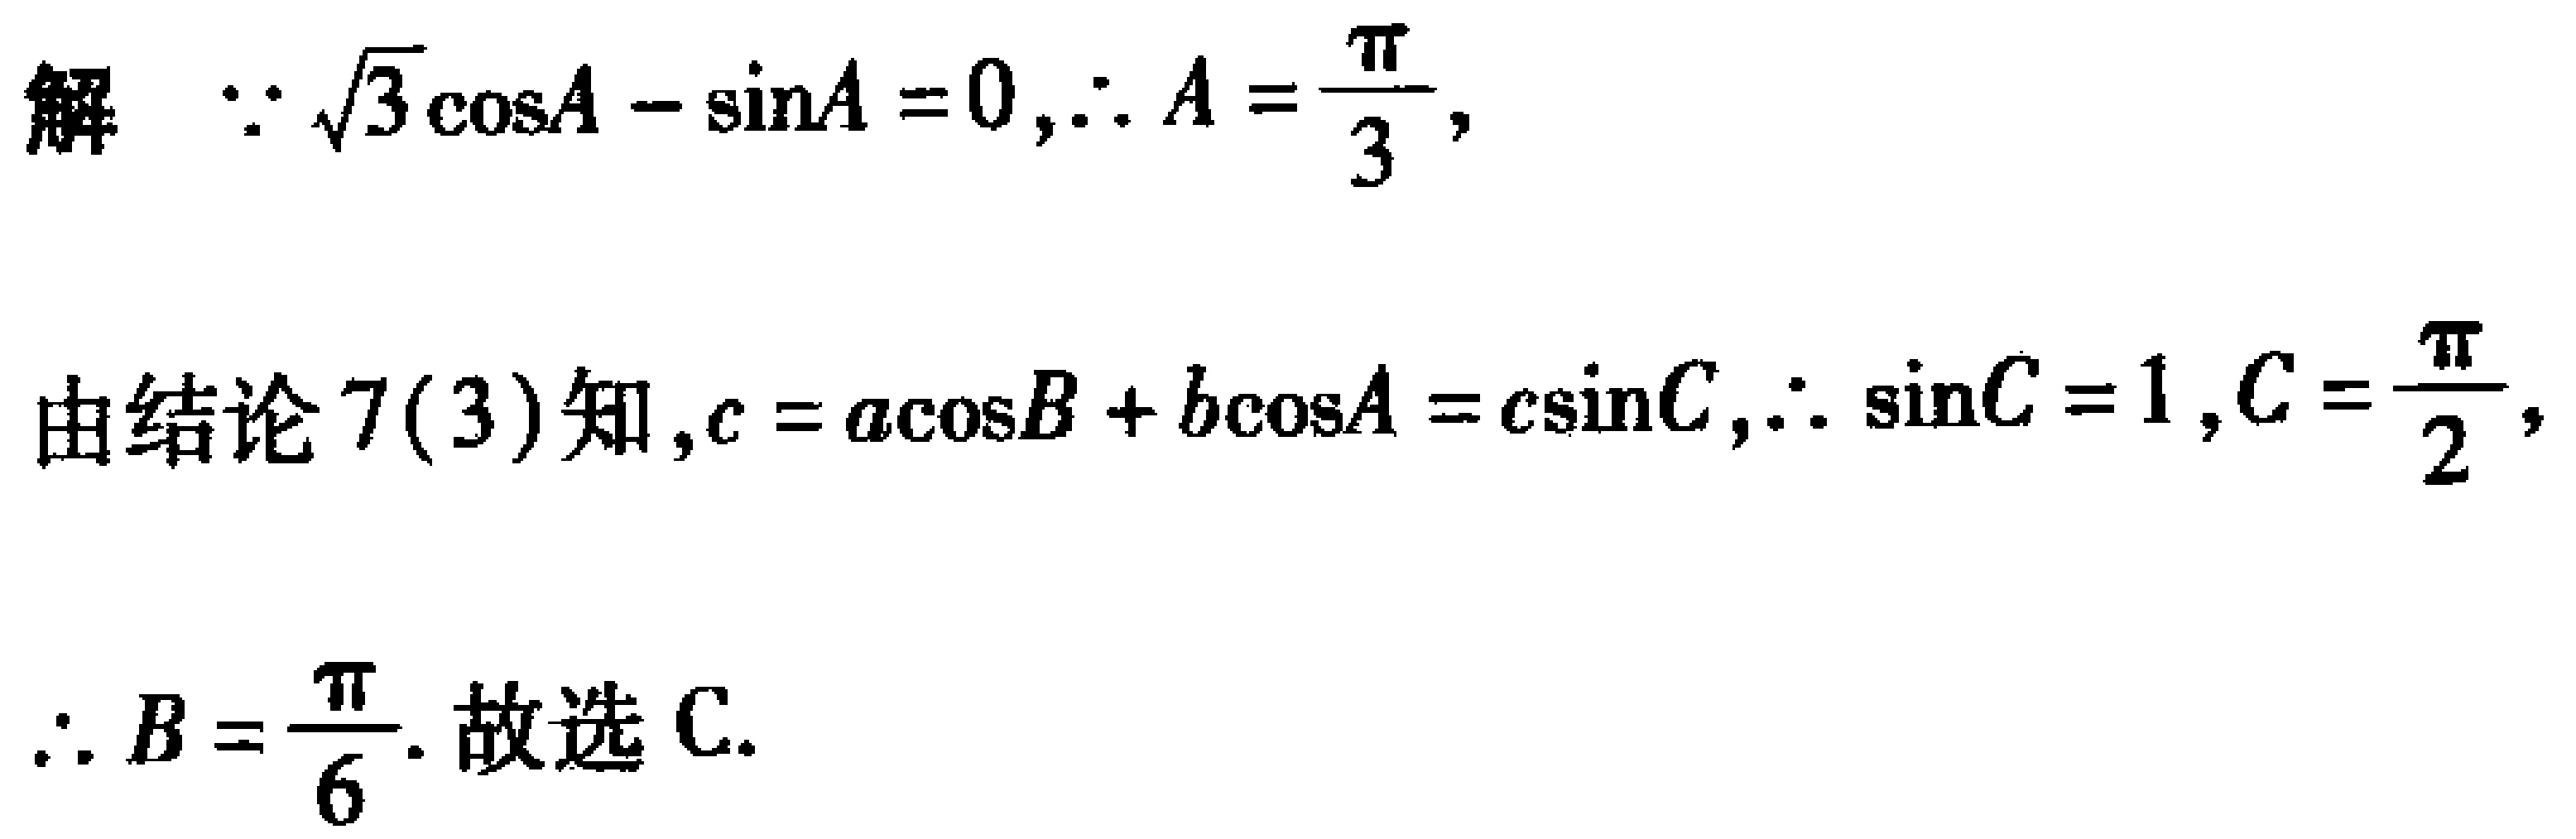
解  $\because \sqrt{3}\cos A - \sin A = 0,\therefore A = \frac{\pi}{3},$
由结论 7(3)知,$c = a\cos B + b\cos A = c\sin C,\therefore \sin C = 1,C = \frac{\pi}{2},$
$\therefore B = \frac{\pi}{6}.$ 故选 C.